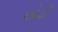
સોડી